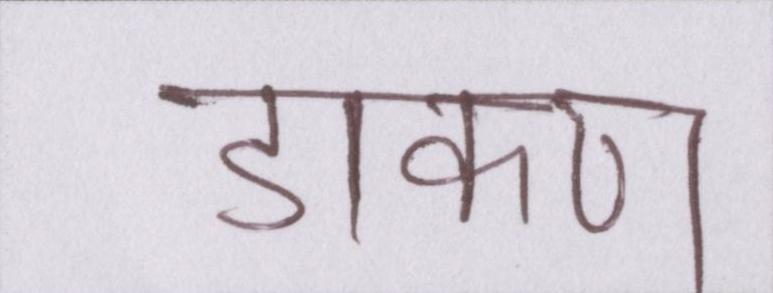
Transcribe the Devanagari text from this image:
डाकण